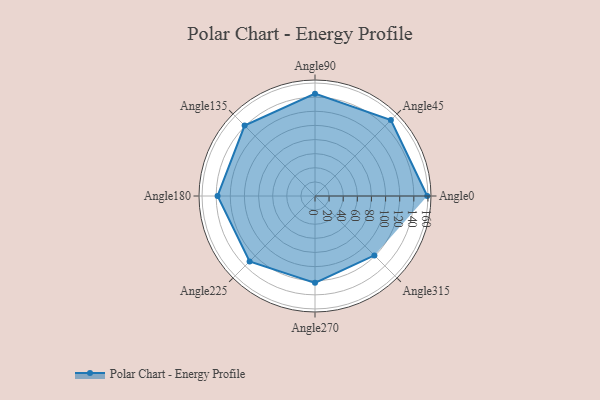
{"axis": {"x": "Angle", "y": "Radius"}, "legend": [""], "data": [{"x": "Angle0", "y": 159.0, "type": ""}, {"x": "Angle45", "y": 152.0, "type": ""}, {"x": "Angle90", "y": 145.0, "type": ""}, {"x": "Angle135", "y": 141.0, "type": ""}, {"x": "Angle180", "y": 138.0, "type": ""}, {"x": "Angle225", "y": 131.0, "type": ""}, {"x": "Angle270", "y": 123.0, "type": ""}, {"x": "Angle315", "y": 119.0, "type": ""}]}